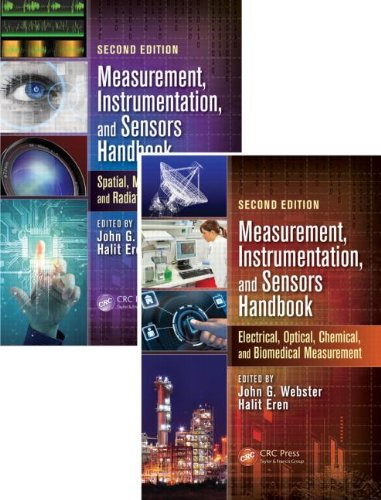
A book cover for Measurement, Instrumentation, and Sensors Handbook, Second Edition: Two-Volume Set (Electrical Engineering Handbook); Science & Math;